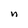
Character: n